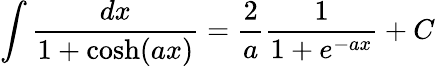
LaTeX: \int{\frac{dx}{1+\cosh(ax)}}={\frac{2}{a}}{\frac{1}{1+e^{-ax}}}+C